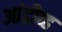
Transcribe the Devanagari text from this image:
आंद्रीव्ह